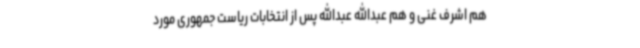
هم اشرف غنی و هم عبدالله عبدالله پس از انتخابات ریاست جمهوری مورد